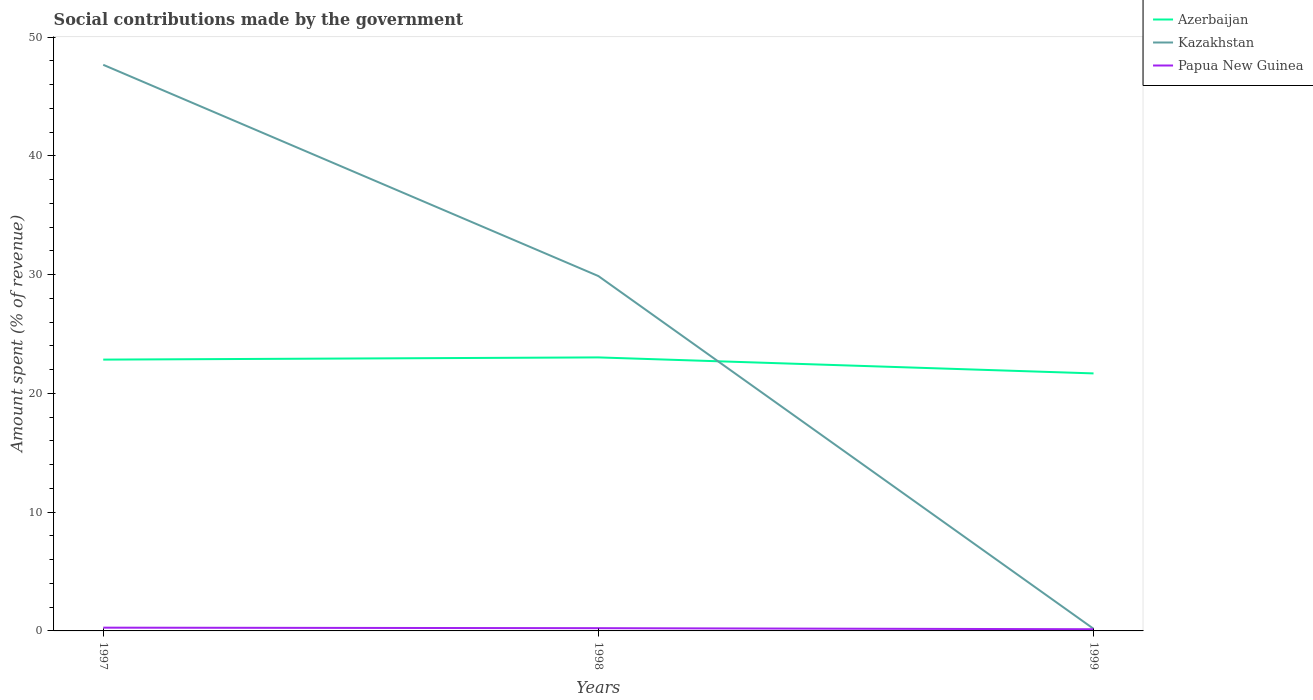
| Years | Azerbaijan | Kazakhstan | Papua New Guinea |
 | --- | --- | --- | --- |
 | 1997 | 22.8 | 47.7 | 0.275 |
 | 1998 | 23 | 29.9 | 0.232 |
 | 1999 | 21.7 | 0.181 | 0.142 |